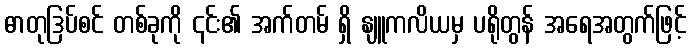
ဓာတုဒြပ်စင် တစ်ခုကို ၎င်း၏ အက်တမ် ရှိ နျူကလိယမှ ပရိုတွန် အရေအတွက်ဖြင့်